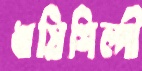
ঋষিশিল্পী